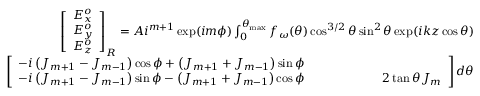
\begin{array} { r } { \begin{array} { r } { \left[ \begin{array} { l } { E _ { x } ^ { o } } \\ { E _ { y } ^ { o } } \\ { E _ { z } ^ { o } } \end{array} \right] _ { R } = A i ^ { m + 1 } \exp ( i m \phi ) \int _ { 0 } ^ { \theta _ { \operatorname* { m a x } } } f _ { \omega } ( \theta ) \cos ^ { 3 / 2 } \theta \sin ^ { 2 } \theta \exp ( i k z \cos \theta ) } \\ { ~ ~ ~ ~ ~ ~ ~ ~ ~ ~ ~ ~ ~ ~ ~ ~ ~ ~ ~ ~ ~ ~ ~ \left[ \begin{array} { l } { - i \left( J _ { m + 1 } - J _ { m - 1 } \right) \cos \phi + \left( J _ { m + 1 } + J _ { m - 1 } \right) \sin \phi } \\ { - i \left( J _ { m + 1 } - J _ { m - 1 } \right) \sin \phi - \left( J _ { m + 1 } + J _ { m - 1 } \right) \cos \phi \ ~ ~ ~ ~ ~ ~ ~ ~ ~ ~ ~ ~ ~ ~ ~ ~ ~ ~ 2 \tan \theta J _ { m } } \end{array} \right] d \theta } \end{array} } \end{array}